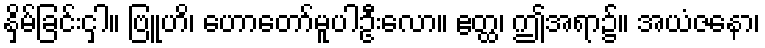
နှိမ်ခြင်းငှါ။ ဗြူဟိ၊ ဟောတော်မူပါဦးလော။ ဧတ္ထ၊ ဤအရာ၌။ အယံဇနော၊